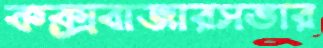
কক্সবাজারসভার